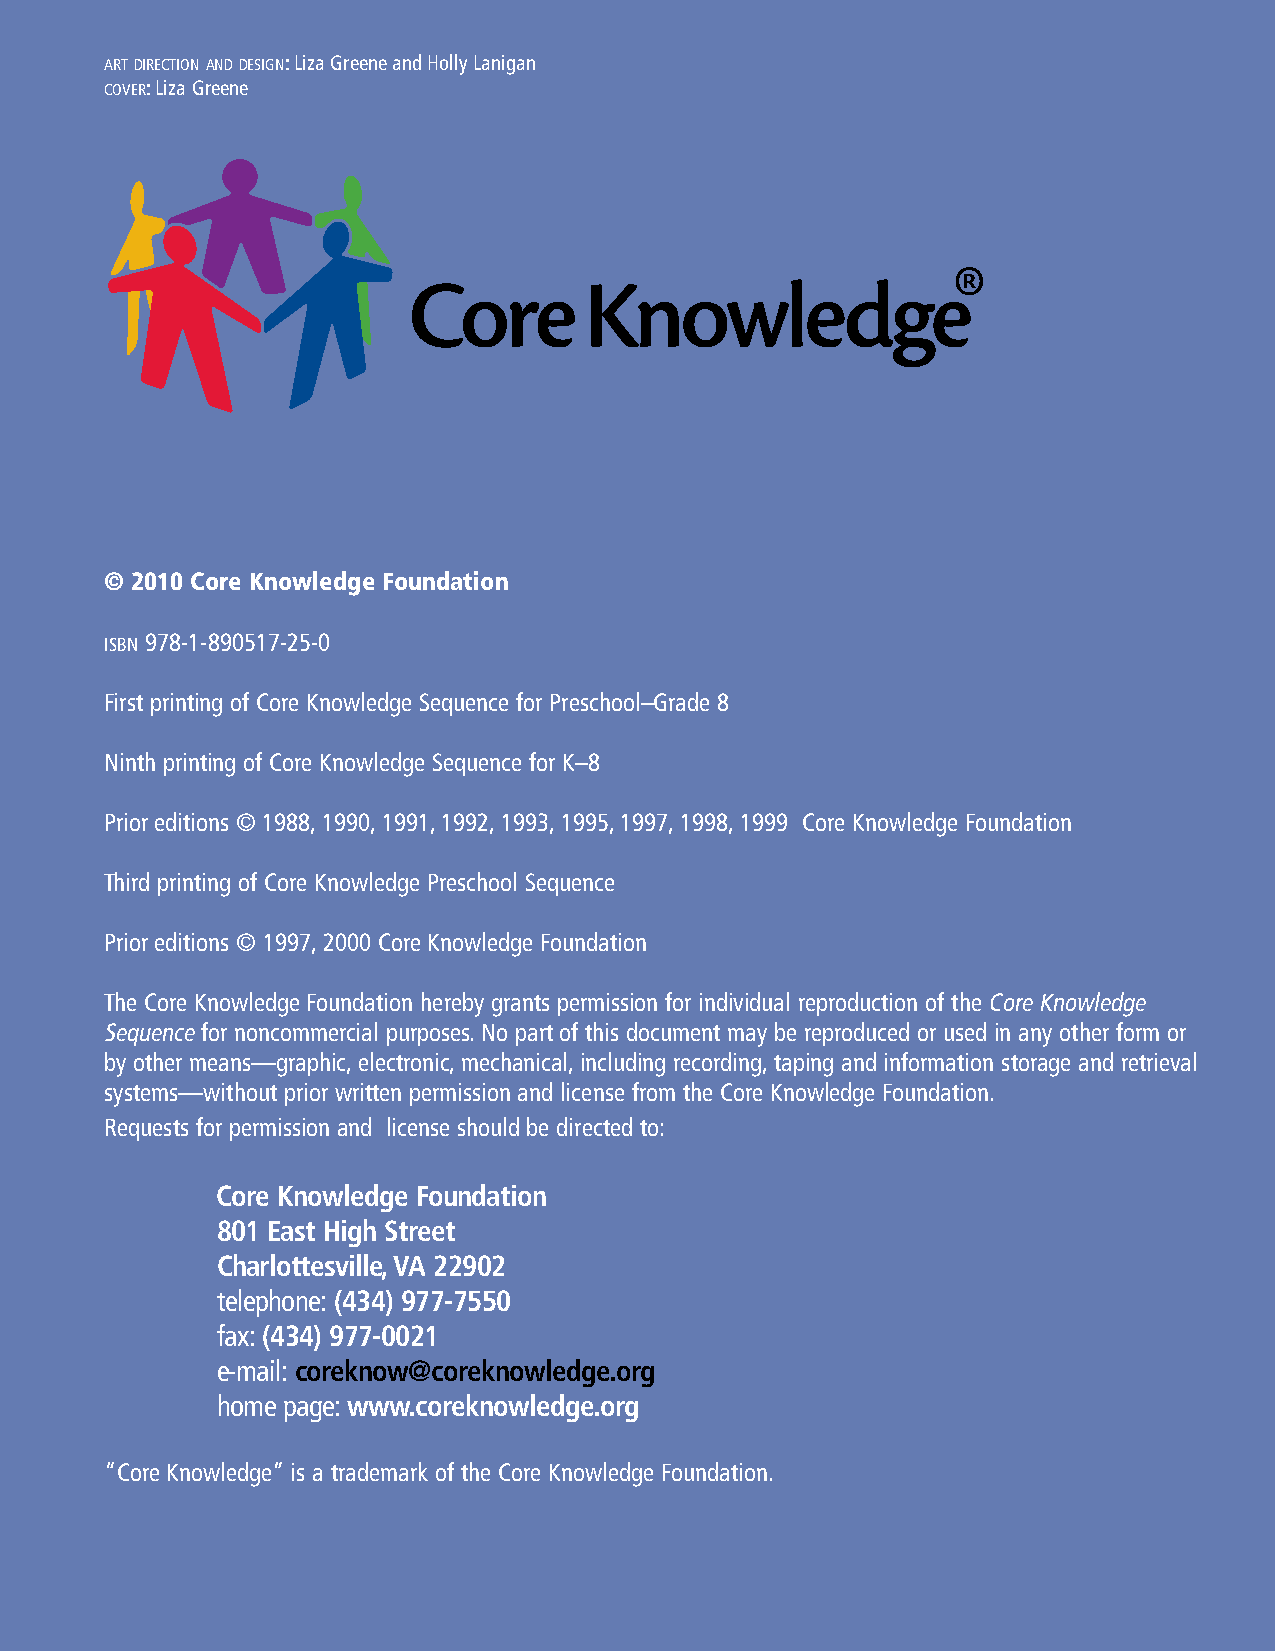
ART DIRECTION AND DESIGN: Liza Greene and Holly Lanigan
 COVER: Liza Greene
 © 2010 Core Knowledge Foundation
 ISBN 978-1-890517-25-0
 First printing of Core Knowledge Sequence for Preschool–Grade 8
 Ninth printing of Core Knowledge Sequence for K–8
 Prior editions © 1988, 1990, 1991, 1992, 1993, 1995, 1997, 1998, 1999 Core Knowledge Foundation
 Third printing of Core Knowledge Preschool Sequence
 Prior editions © 1997, 2000 Core Knowledge Foundation
 The Core Knowledge Foundation hereby grants permission for individual reproduction of the Core Knowledge
 Sequence for noncommercial purposes. No part of this document may be reproduced or used in any other form or
 by other means—graphic, electronic, mechanical, including recording, taping and information storage and retrieval
 systems—without prior written permission and license from the Core Knowledge Foundation.
 Requests for permission and license should be directed to:
 Core Knowledge Foundation
 801 East High Street
 Charlottesville, VA 22902
 telephone: (434) 977-7550
 fax: (434) 977-0021
 e-mail: coreknow@coreknowledge.org
 home page: www.coreknowledge.org
 “Core Knowledge” is a trademark of the Core Knowledge Foundation.